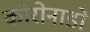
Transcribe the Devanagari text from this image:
कोरोनाडो